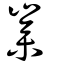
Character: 嵾